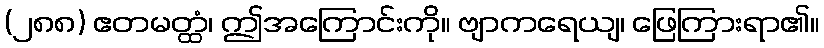
(၂၈၈) ဧတမတ္ထံ၊ ဤအကြောင်းကို။ ဗျာကရေယျ၊ ဖြေကြားရာ၏။